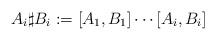
\begin{align*}A_i \sharp B_i := [A_1,B_1]\cdots [A_{i},B_{i}]\end{align*}